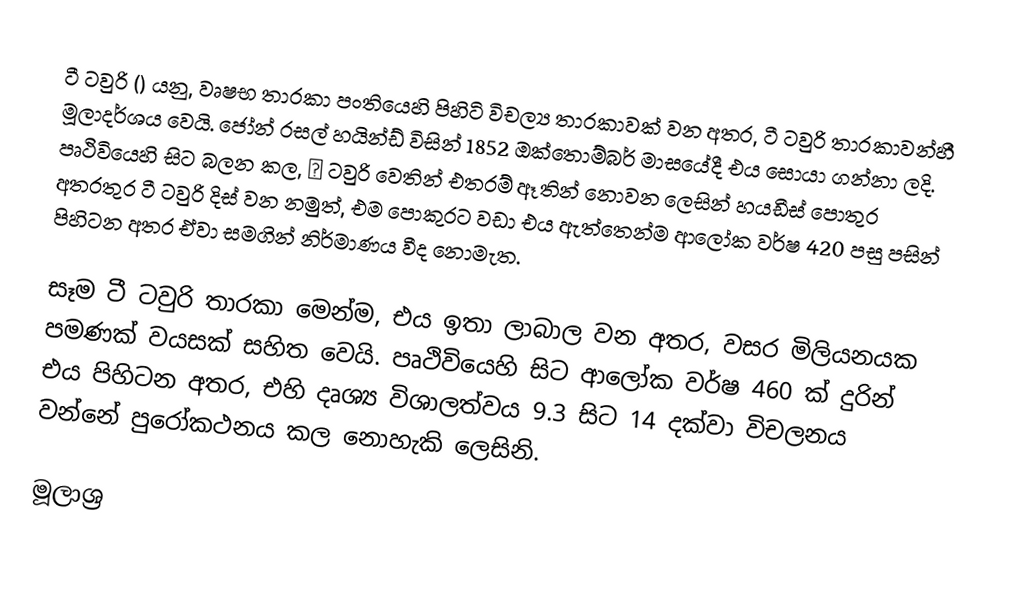
ටී ටවුරි () යනු,  වෘෂභ  තාරකා පංතියෙහි පිහිටි විචල්‍ය තාරකාවක් වන අතර, ටී ටවුරි තාරකාවන්හී මූලාදර්ශය වෙයි. ජෝන් රසල් හයින්ඩ් විසින් 1852 ඔක්තොම්බර් මාසයේදී එය සොයා ගන්නා ලදි. පෘථිවියෙහි සිට බලන කල, ε ටවුරි වෙතින් එතරම් ඈතින් නොවන ලෙසින් හයඩීස් පොතුර අතරතුර ටී ටවුරි දිස් වන නමුත්, එම පොකුරට වඩා  එය ඇත්තෙන්ම ආලෝක වර්ෂ 420 පසු පසින් පිහිටන අතර ඒවා සමගින් නිර්මාණය වීද නොමැත.

සෑම ටී ටවුරි තාරකා මෙන්ම, එය ඉතා ලාබාල වන අතර, වසර මිලියනයක පමණක් වයසක් සහිත වෙයි.  පෘථිවියෙහි සිට  ආලෝක වර්ෂ 460 ක් දුරින් එය පිහිටන අතර, එහි දෘශ්‍ය විශාලත්වය 9.3 සිට 14 දක්වා විචලනය වන්නේ පුරෝකථනය කල නොහැකි ලෙසිනි.

මූලාශ්‍ර